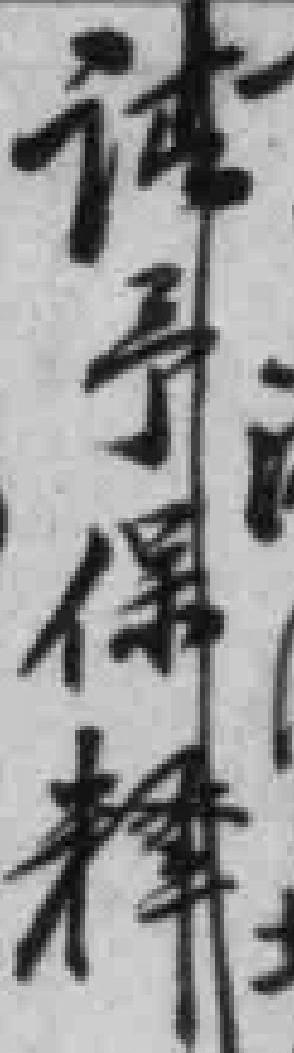
請予保釋